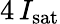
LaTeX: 4\, I_{\mathrm{sat}}